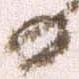
日